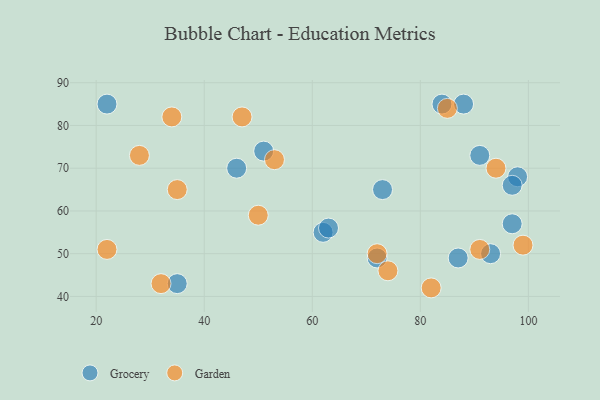
{"axis": {"x": "GDP", "y": "Life Expectancy"}, "legend": ["Garden", "Grocery"], "data": [{"x": "62", "y": 55, "type": "Grocery"}, {"x": "63", "y": 56, "type": "Grocery"}, {"x": "46", "y": 70, "type": "Grocery"}, {"x": "51", "y": 74, "type": "Grocery"}, {"x": "72", "y": 49, "type": "Grocery"}, {"x": "88", "y": 85, "type": "Grocery"}, {"x": "91", "y": 73, "type": "Grocery"}, {"x": "87", "y": 49, "type": "Grocery"}, {"x": "93", "y": 50, "type": "Grocery"}, {"x": "84", "y": 85, "type": "Grocery"}, {"x": "73", "y": 65, "type": "Grocery"}, {"x": "22", "y": 85, "type": "Grocery"}, {"x": "98", "y": 68, "type": "Grocery"}, {"x": "97", "y": 57, "type": "Grocery"}, {"x": "97", "y": 66, "type": "Grocery"}, {"x": "35", "y": 43, "type": "Grocery"}, {"x": "74", "y": 46, "type": "Garden"}, {"x": "22", "y": 51, "type": "Garden"}, {"x": "50", "y": 59, "type": "Garden"}, {"x": "91", "y": 51, "type": "Garden"}, {"x": "35", "y": 65, "type": "Garden"}, {"x": "32", "y": 43, "type": "Garden"}, {"x": "72", "y": 50, "type": "Garden"}, {"x": "47", "y": 82, "type": "Garden"}, {"x": "85", "y": 84, "type": "Garden"}, {"x": "94", "y": 70, "type": "Garden"}, {"x": "82", "y": 42, "type": "Garden"}, {"x": "34", "y": 82, "type": "Garden"}, {"x": "99", "y": 52, "type": "Garden"}, {"x": "53", "y": 72, "type": "Garden"}, {"x": "28", "y": 73, "type": "Garden"}]}